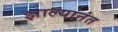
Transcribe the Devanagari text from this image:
झाल्यानंत